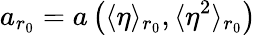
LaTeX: a_{r_{0}}=a\left(\langle\eta\rangle_{r_{0}},\langle\eta^{2}\rangle_{r_{0}}\right)